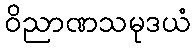
ဝိညာဏသမုဒယံ